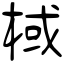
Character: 棫